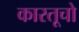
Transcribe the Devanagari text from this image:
कारतूचो